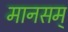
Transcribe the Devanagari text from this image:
मानसम्